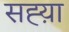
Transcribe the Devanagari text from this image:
सह्य़ा